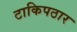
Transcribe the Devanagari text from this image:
टाकिपठार